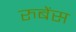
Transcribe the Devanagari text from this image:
रुबेंस